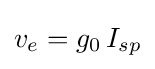
v_{e}=g_{0}\,I_{sp}